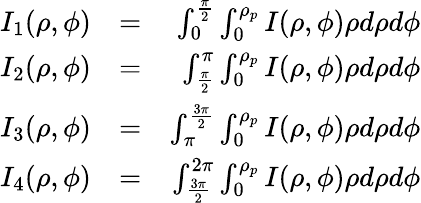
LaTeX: \begin{array}{rlr}{I_{1}(\rho,\phi)}&{=}&{\int_{0}^{\frac{\pi}{2}}\int_{0}^{\rho_{p}}I(\rho,\phi)\rho d\rho d\phi}\\ {I_{2}(\rho,\phi)}&{=}&{\int_{\frac{\pi}{2}}^{\pi}\int_{0}^{\rho_{p}}I(\rho,\phi)\rho d\rho d\phi}\\ {I_{3}(\rho,\phi)}&{=}&{\int_{\pi}^{\frac{3\pi}{2}}\int_{0}^{\rho_{p}}I(\rho,\phi)\rho d\rho d\phi}\\ {I_{4}(\rho,\phi)}&{=}&{\int_{\frac{3\pi}{2}}^{2\pi}\int_{0}^{\rho_{p}}I(\rho,\phi)\rho d\rho d\phi}\end{array}